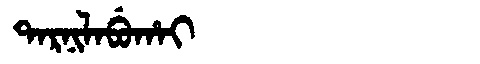
Manchu: ᡨᠠᡵᠨᡳᠯᠠᠪᡠᡥᠠᡳ
Romanization: TARNILABUHAI